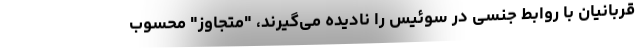
قربانیان با روابط جنسی در سوئیس را نادیده می‌گیرند، "متجاوز" محسوب